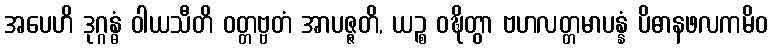
အပေဟိ ဒုဂ္ဂန္ဓံ ဝါယသီတိ ဝတ္တဗ္ဗတံ အာပဇ္ဇတိ, ယဉ္စ ဝဍ္ဎိတွာ ဗဟလတ္တမာပန္နံ ပိဓာနဖလကမိဝ